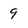
Character: 9